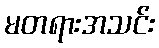
မတရားအသင်း